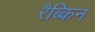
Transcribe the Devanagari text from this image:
रैब्किन